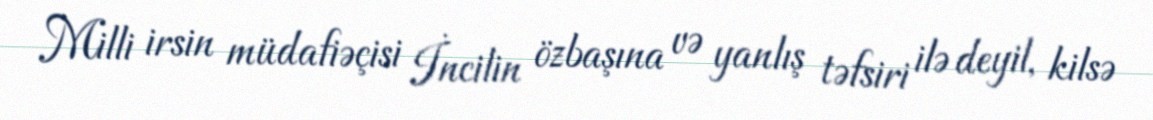
Milli irsin müdafiəçisi İncilin özbaşına və yanlış təfsiri ilə deyil, kilsə